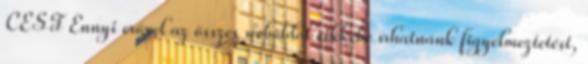
CEST Ennyi erővel az összes weboldal cikkébe írhatnánk figyelmeztetést,